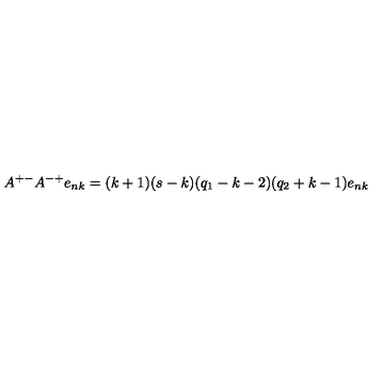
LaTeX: A ^ { + - } A ^ { - + } e _ { n k } = ( k + 1 ) ( s - k ) ( q _ { 1 } - k - 2 ) ( q _ { 2 } + k - 1 ) e _ { n k }